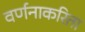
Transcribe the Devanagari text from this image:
वर्णनाकरिता